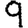
Digit: 9